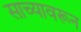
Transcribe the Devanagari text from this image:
साच्यावरून